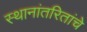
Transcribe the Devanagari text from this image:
स्थानांतरितांचे